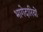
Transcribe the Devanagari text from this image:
भागेदारियों